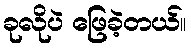
ခုလိုပဲ ဖြေခဲ့တယ်။